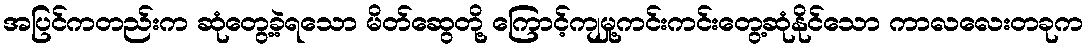
အပြင်ကတည်းက ဆုံတွေ့ခဲ့ရသော မိတ်ဆွေတို့ ကြောင့်ကျမှု့ကင်းကင်းတွေ့ဆုံနိုင်သော ကာလလေးတခုက